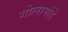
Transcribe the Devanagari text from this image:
गोलापांडे